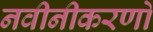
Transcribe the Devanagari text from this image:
नवीनीकरणों